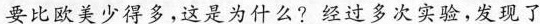
要比欧美少得多，这是为什么?经过多次实验，发现了